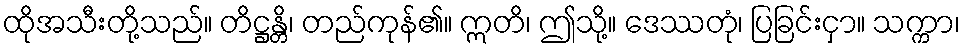
ထိုအသီးတို့သည်။ တိဋ္ဌန္တိ၊ တည်ကုန်၏။ ဣတိ၊ ဤသို့။ ဒေဿတုံ၊ ပြခြင်းငှာ။ သက္ကာ၊